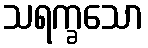
သရက္ခသော